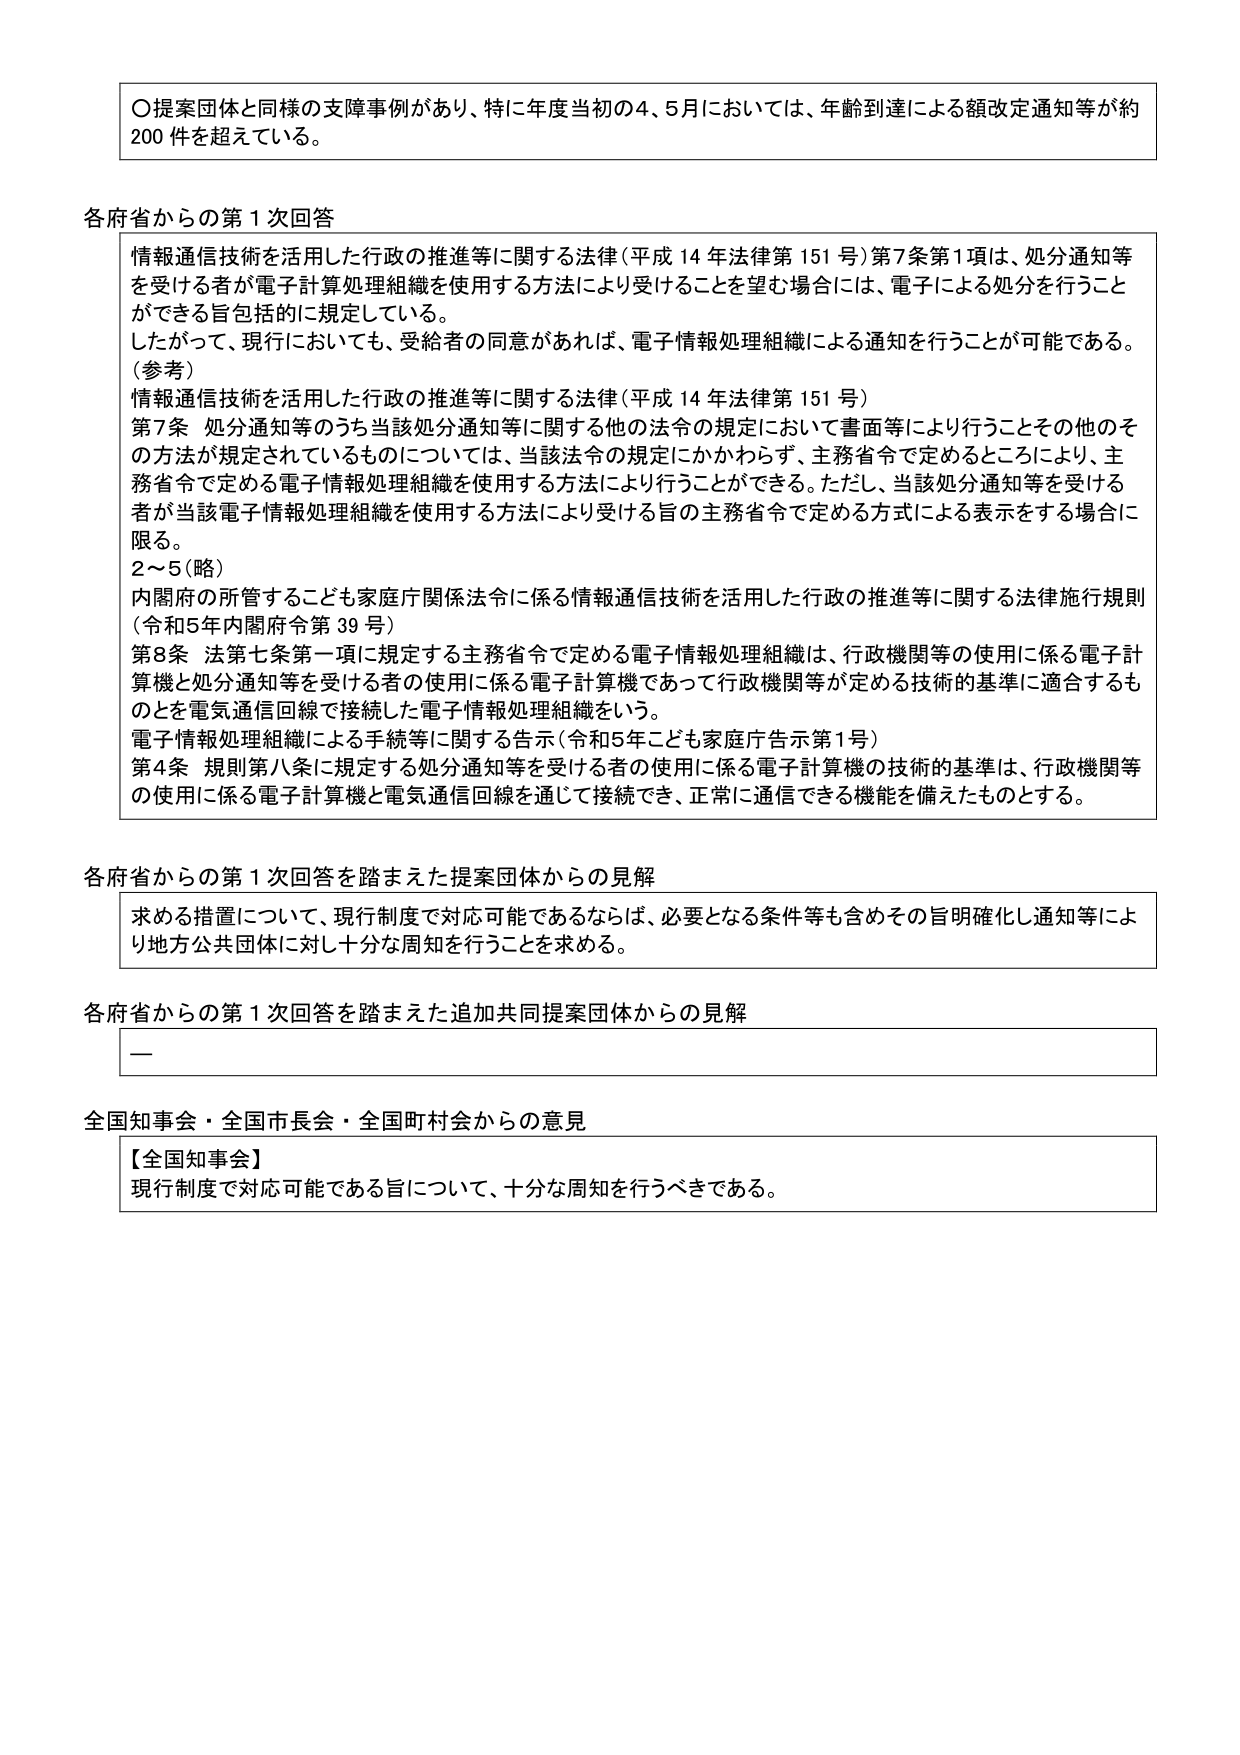
〇提案団体と同様の支障事例があり、特に年度当初の4、5月においては、年齢到達による額改定通知等が約200件を超えている。

各府省からの第1次回答
情報通信技術を活用した行政の推進等に関する法律（平成14年法律第151号）第7条第1項は、処分通知等を受ける者が電子計算処理組織を使用する方法により受けることを望む場合には、電子による処分を行うことができる旨包括的に規定している。
したがって、現行においても、受給者の同意があれば、電子情報処理組織による通知を行うことが可能である。
（参考）
情報通信技術を活用した行政の推進等に関する法律（平成14年法律第151号）
第7条 処分通知等のうち当該処分通知等に関する他の法令の規定において書面等により行うことその他のその方法が規定されているものについては、当該法令の規定にかかわらず、主務省令で定めるところにより、主務省令で定める電子情報処理組織を使用する方法により行うことができる。ただし、当該処分通知等を受ける者が当該電子情報処理組織を使用する方法により受ける旨の主務省令で定める方式による表示をする場合に限る。
2～5（略）
内閣府の所管するこども家庭庁関係法令に係る情報通信技術を活用した行政の推進等に関する法律施行規則（令和5年内閣府令第39号）
第8条 法第七条第一項に規定する主務省令で定める電子情報処理組織は、行政機関等の使用に係る電子計算機と処分通知等を受ける者の使用に係る電子計算機であって行政機関等が定める技術的基準に適合するものを電気通信回線で接続した電子情報処理組織をいう。
電子情報処理組織による手続等に関する告示（令和5年こども家庭庁告示第1号）
第4条 規則第八条に規定する処分通知等を受ける者の使用に係る電子計算機の技術的基準は、行政機関等の使用に係る電子計算機と電気通信回線を通じて接続でき、正常に通信できる機能を備えたものとする。

各府省からの第1次回答を踏まえた提案団体からの見解
求める措置について、現行制度で対応可能であるならば、必要となる条件等も含めその旨明確化し通知等により地方公共団体に対し十分な周知を行うことを求める。

各府省からの第1次回答を踏まえた追加共同提案団体からの見解
—

全国知事会・全国市長会・全国町村会からの意見
【全国知事会】
現行制度で対応可能である旨について、十分な周知を行うべきである。